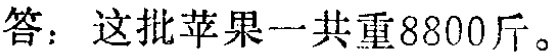
答：这批苹果一共重8800斤。